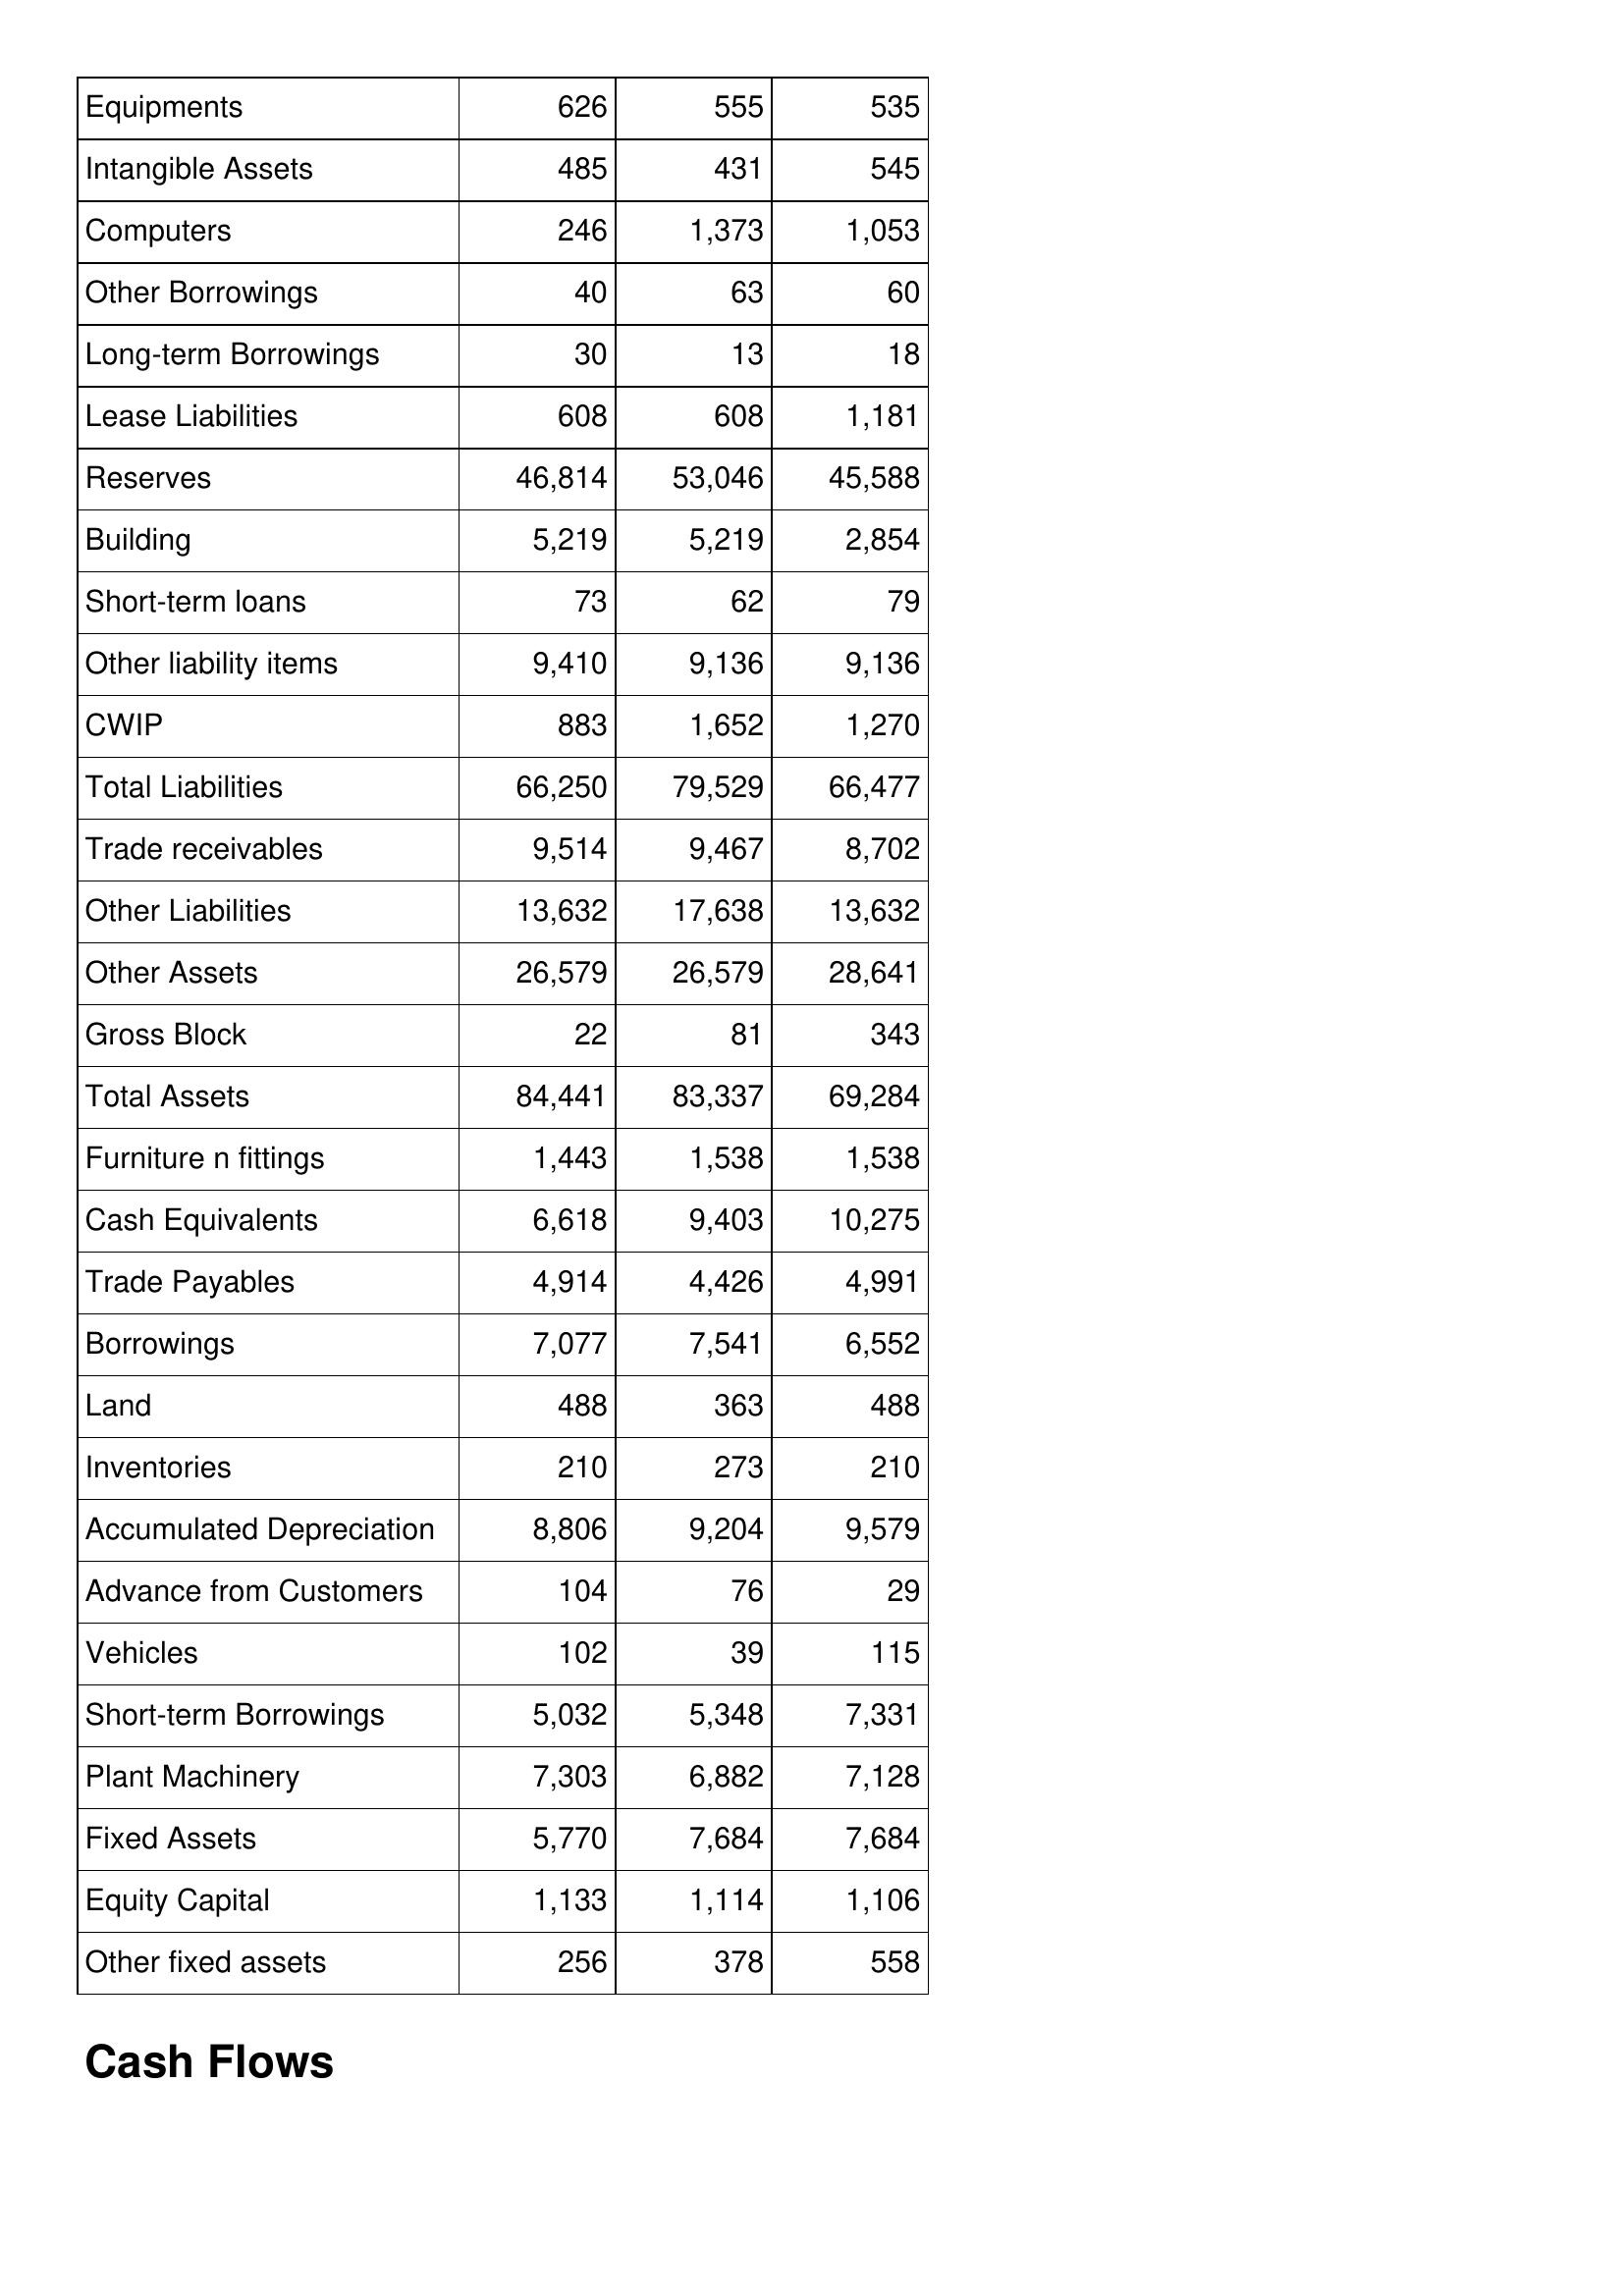
Apr-97: Balance Sheet: Equipments: 626
Intangible Assets: 485
Computers: 246
Other Borrowings: 40
Long-term Borrowings: 30
Lease Liabilities: 608
Reserves: 46,814
Building: 5,219
Short-term loans: 73
Other liability items: 9,410
CWIP: 883
Total Liabilities: 66,250
Trade receivables: 9,514
Other Liabilities: 13,632
Other Assets: 26,579
Gross Block: 22
Total Assets: 84,441
Furniture n fittings: 1,443
Cash Equivalents: 6,618
Trade Payables: 4,914
Borrowings: 7,077
Land: 488
Inventories: 210
Accumulated Depreciation: 8,806
Advance from Customers: 104
Vehicles: 102
Short-term Borrowings: 5,032
Plant Machinery: 7,303
Fixed Assets: 5,770
Equity Capital: 1,133
Other fixed assets: 256
Apr-96: Balance Sheet: Equipments: 555
Intangible Assets: 431
Computers: 1,373
Other Borrowings: 63
Long-term Borrowings: 13
Lease Liabilities: 608
Reserves: 53,046
Building: 5,219
Short-term loans: 62
Other liability items: 9,136
CWIP: 1,652
Total Liabilities: 79,529
Trade receivables: 9,467
Other Liabilities: 17,638
Other Assets: 26,579
Gross Block: 81
Total Assets: 83,337
Furniture n fittings: 1,538
Cash Equivalents: 9,403
Trade Payables: 4,426
Borrowings: 7,541
Land: 363
Inventories: 273
Accumulated Depreciation: 9,204
Advance from Customers: 76
Vehicles: 39
Short-term Borrowings: 5,348
Plant Machinery: 6,882
Fixed Assets: 7,684
Equity Capital: 1,114
Other fixed assets: 378
Apr-95: Balance Sheet: Equipments: 535
Intangible Assets: 545
Computers: 1,053
Other Borrowings: 60
Long-term Borrowings: 18
Lease Liabilities: 1,181
Reserves: 45,588
Building: 2,854
Short-term loans: 79
Other liability items: 9,136
CWIP: 1,270
Total Liabilities: 66,477
Trade receivables: 8,702
Other Liabilities: 13,632
Other Assets: 28,641
Gross Block: 343
Total Assets: 69,284
Furniture n fittings: 1,538
Cash Equivalents: 10,275
Trade Payables: 4,991
Borrowings: 6,552
Land: 488
Inventories: 210
Accumulated Depreciation: 9,579
Advance from Customers: 29
Vehicles: 115
Short-term Borrowings: 7,331
Plant Machinery: 7,128
Fixed Assets: 7,684
Equity Capital: 1,106
Other fixed assets: 558